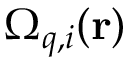
\Omega _ { q , i } ( \mathbf { r } )